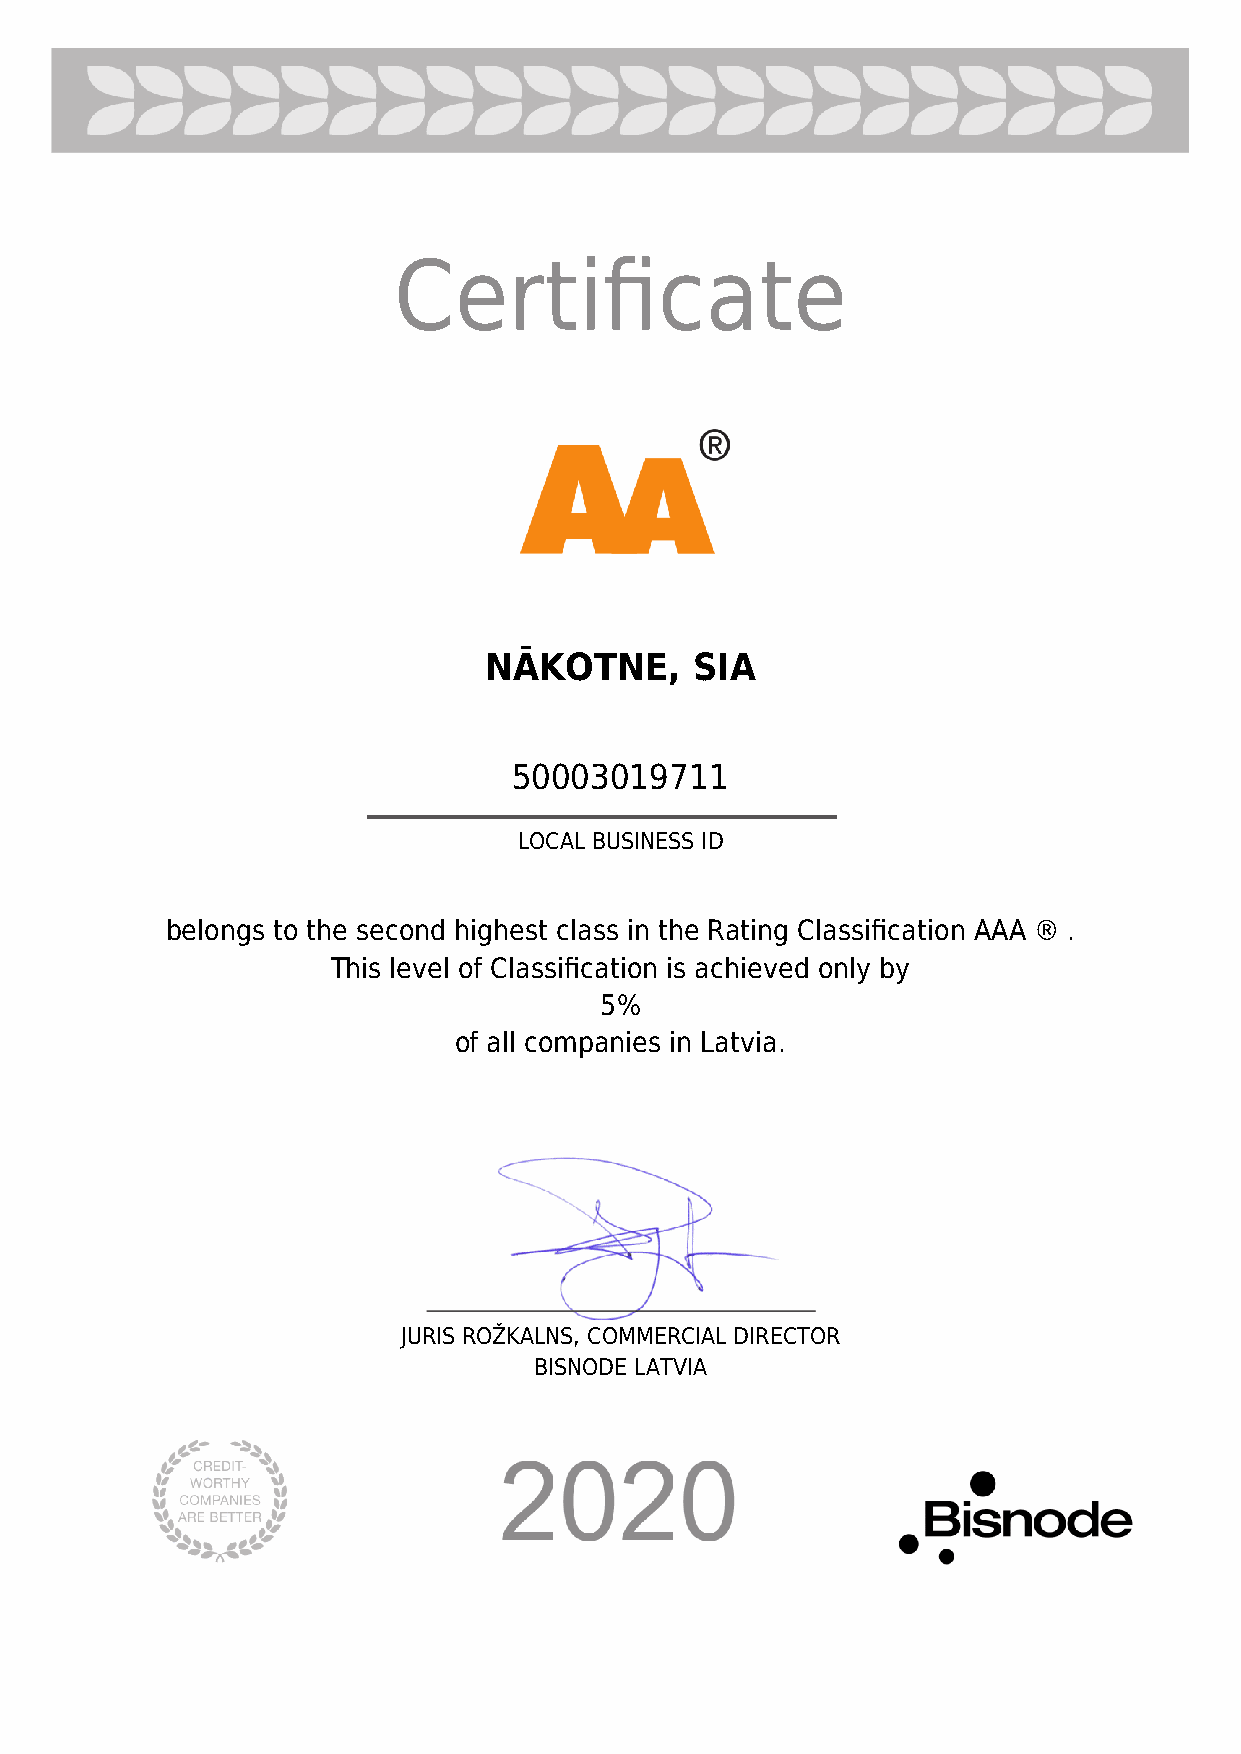
Certificate
 NĀKOTNE,      SIA
 50003019711
 LOCAL BUSINESS ID
 belongs to the second highest class in the Rating Classification AAA ® .
 This level of Classification is achieved only by
 5%
 of all companies in Latvia.
 JURIS ROŽKALNS, COMMERCIAL DIRECTOR
 BISNODE LATVIA